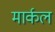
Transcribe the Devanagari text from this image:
मार्कल